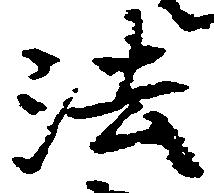
法